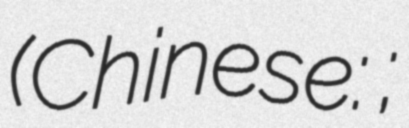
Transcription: (Chinese: 孫芳;